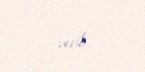
verib.